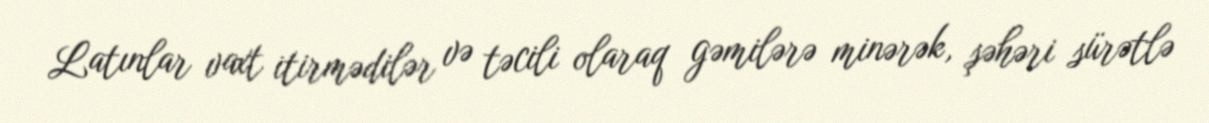
Latınlar vaxt itirmədilər və təcili olaraq gəmilərə minərək, şəhəri sürətlə